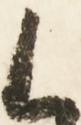
御